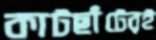
কাটছাঁটেরই